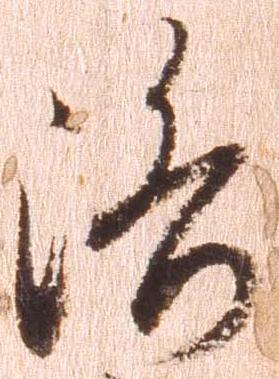
洛